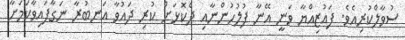
ސުވާލްކުރިއެވެ. ފައުޒިއްޔާ ވަނީ އޭނާ ފުލުހުންނާއި ދެކޮޅަށް ކުރި ދައުވާ އަނބުރާ ނަގާފައިވާކަމަށާ